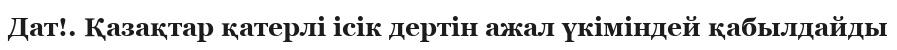
Дат!. Қазақтар қатерлі ісік дертін ажал үкіміндей қабылдайды